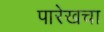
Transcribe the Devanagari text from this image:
पारेखचा